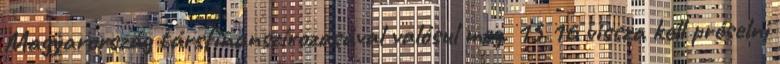
Magyarország társfinanszírozásával valósul meg. 15 16 vissza kell préselni